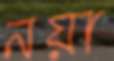
নয়া